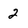
Character: 2